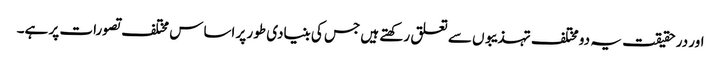
اور در حقیقت یہ دو مختلف تہذیبوں سے تعلق رکھتے ہیں جس کی بنیادی طور پر اساس مختلف تصورات پر ہے۔